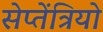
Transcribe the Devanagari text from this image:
सेप्तेंत्रियो